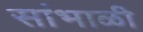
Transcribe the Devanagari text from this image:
सांभाळी